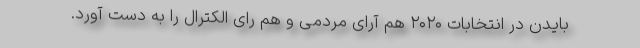
بایدن در انتخابات ۲۰۲۰ هم آرای مردمی و هم رای الکترال را به دست آورد.